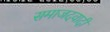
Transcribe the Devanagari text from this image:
समाजदवादी